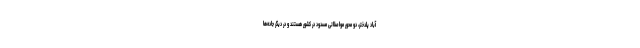
آباد پلدختر، دو محور مواصلاتی مسدود در کشور هستند و در دیگر جاده‌ها